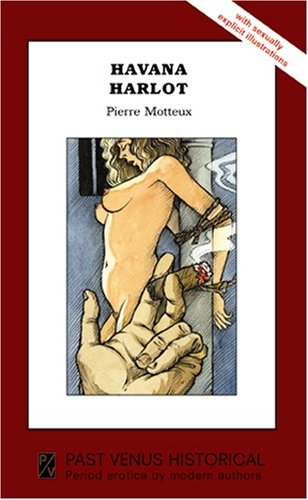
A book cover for Havana Harlot; Pierre Motteux; Romance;